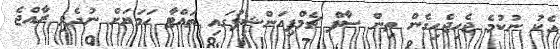
އެކު ނުކުމެ ޖެހިޖެހިގެން ތިން ސާފް ޗެމްޕިއަންޝިޕުގައި ތައްޓާ ހަމަޔަށް ނުދެވި ރާއްޖެ